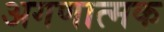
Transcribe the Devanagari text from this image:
अगणात्मक